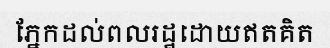
ភ្នែកដល់ពលរដ្ឋដោយឥតគិត